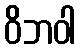
ဝိဘဝါ